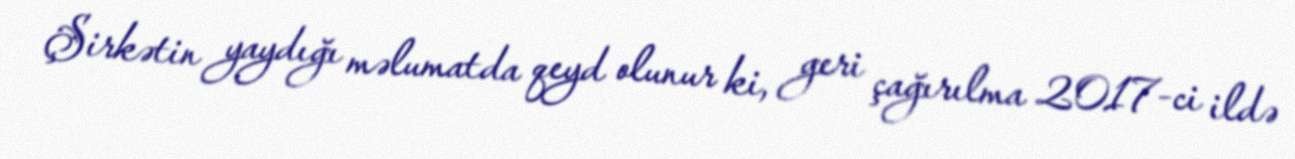
Şirkətin yaydığı məlumatda qeyd olunur ki, geri çağırılma 2017-ci ildə